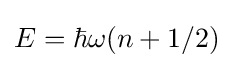
E=\hbar \omega (n+1/2)